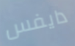
دايفس